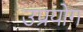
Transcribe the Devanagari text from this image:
उप्रयोग